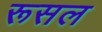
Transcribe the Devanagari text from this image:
रूसल